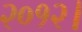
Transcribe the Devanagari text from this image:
२०१२।